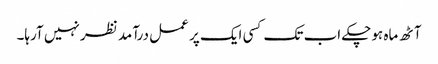
آٹھ ماہ ہوچکے اب تک کسی ایک پر عمل درآمد نظر نہیں آرہا۔